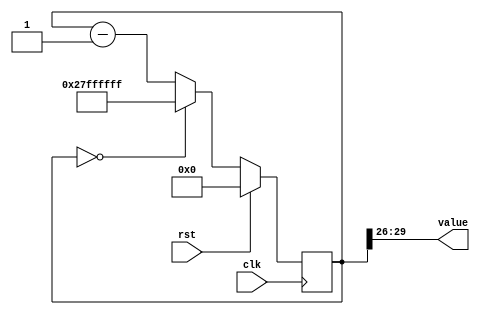
/*
   This file was generated automatically by Alchitry Labs version 1.2.7.
   Do not edit this file directly. Instead edit the original Lucid source.
   This is a temporary file and any changes made to it will be destroyed.
*/

/*
   Parameters:
     SIZE = 4
     DIV = 26
     TOP = 9
     UP = 0
*/
module counter_22 (
    input clk,
    input rst,
    output reg [3:0] value
  );
  
  localparam SIZE = 3'h4;
  localparam DIV = 5'h1a;
  localparam TOP = 4'h9;
  localparam UP = 1'h0;
  
  
  reg [29:0] M_ctr_d, M_ctr_q = 1'h0;
  
  localparam MAX_VALUE = 30'h27ffffff;
  
  always @* begin
    M_ctr_d = M_ctr_q;
    
    value = M_ctr_q[26+3-:4];
    if (1'h0) begin
      M_ctr_d = M_ctr_q + 1'h1;
      if (1'h1 && M_ctr_q == 30'h27ffffff) begin
        M_ctr_d = 1'h0;
      end
    end else begin
      M_ctr_d = M_ctr_q - 1'h1;
      if (1'h1 && M_ctr_q == 1'h0) begin
        M_ctr_d = 30'h27ffffff;
      end
    end
  end
  
  always @(posedge clk) begin
    if (rst == 1'b1) begin
      M_ctr_q <= 1'h0;
    end else begin
      M_ctr_q <= M_ctr_d;
    end
  end
  
endmodule